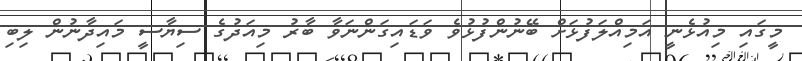
މީގައި މިއުޅެނީ އަމިއްލަފުޅަށް ބޭނުންފުޅުވެ ވަޑައިގަންނަވާ ބާރު މިއަދުގެ ސިޔާސީ މައިދާނުން ލިބި